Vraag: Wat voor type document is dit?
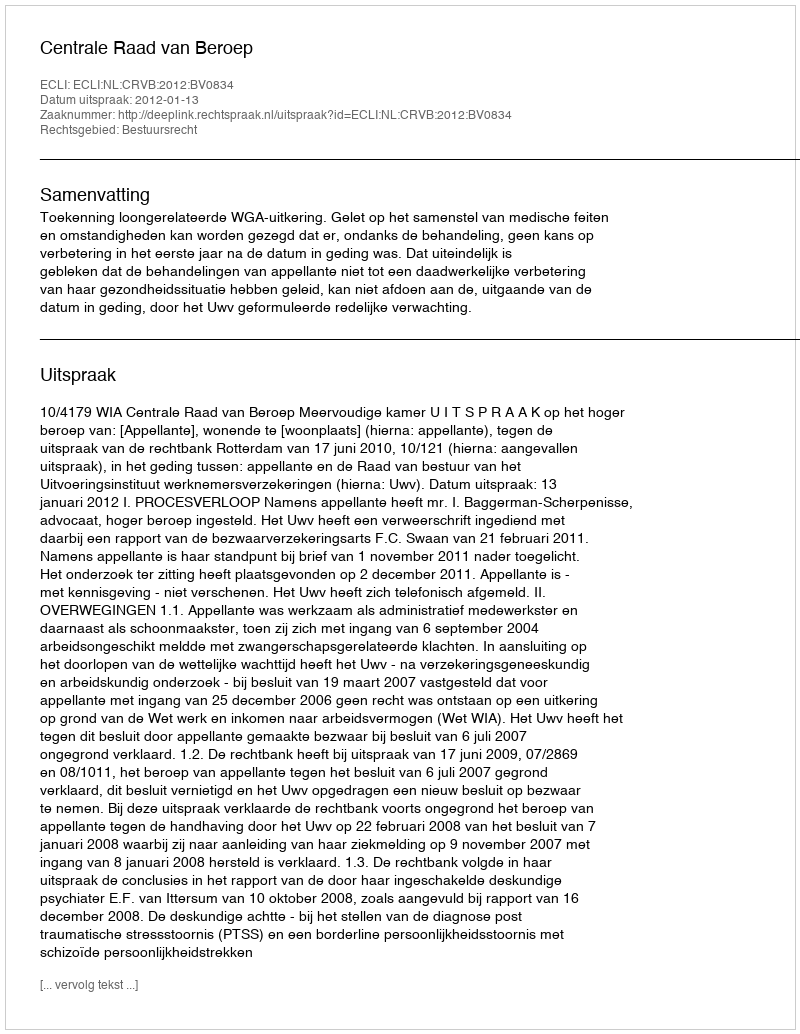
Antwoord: Uitspraak